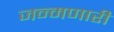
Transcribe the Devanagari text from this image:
जन्मणारी